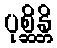
ပုစ္ဆိန္တိ